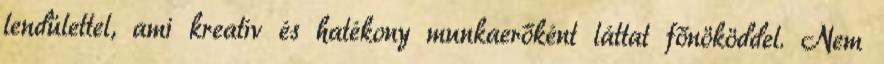
lendülettel, ami kreatív és hatékony munkaerőként láttat főnököddel. Nem